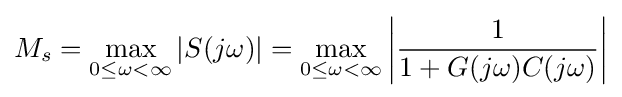
M_{s}=\max _{0\leq \omega <\infty }\left|S(j\omega )\right|=\max _{0\leq \omega <\infty }\left|{\frac {1}{1+G(j\omega )C(j\omega )}}\right|